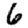
Digit: 6